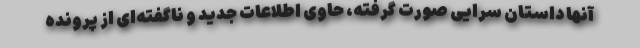
آنها داستان سرایی صورت گرفته، حاوی اطلاعات جدید و ناگفته‌ای از پرونده